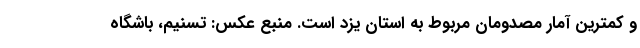
و کمترین آمار مصدومان مربوط به استان یزد است. منبع عکس: تسنیم، باشگاه